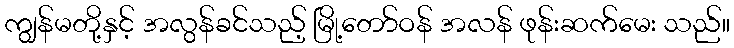
ကျွန်မတို့နှင့် အလွန်ခင်သည့် မြို့တော်ဝန် အလန် ဖုန်းဆက်မေး သည်။